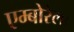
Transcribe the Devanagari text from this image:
एम्बोरेला